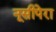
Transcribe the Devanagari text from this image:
नूसीपेरा